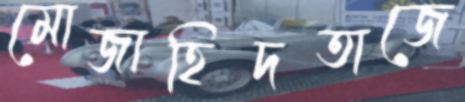
মোজাহিদতাজে